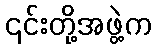
၎င်းတို့အဖွဲ့က